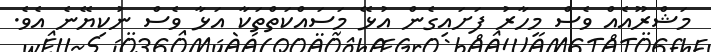
މަޝްރޫއެއް ވެސް މިހާރު ފަށައިގެން އުޅޭ މަސައްކަތްތަކާ އަޅާ ވެސް ނުކިޔޭނެ އެވެ.